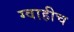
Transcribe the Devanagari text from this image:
ग्वाहीच